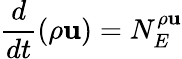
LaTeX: \frac{d}{dt}(\rho\mathbf{u})=N_{E}^{\rho\mathbf{u}}